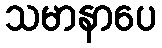
သမာနာပေ